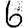
Digit: 6